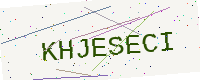
Text: KHJESECI